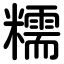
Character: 糯